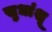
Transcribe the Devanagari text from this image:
सुधांशू